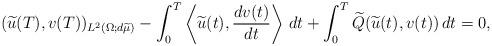
LaTeX: \begin{align*}(\widetilde u(T), v(T))_{L^2(\Omega;d\widetilde\mu)} - \int_0^T\left\langle \widetilde u(t), \frac{dv(t)}{dt}\right\rangle\, dt+\int_0^T \widetilde Q(\widetilde u(t),v(t))\, dt= 0,\end{align*}